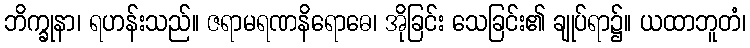
ဘိက္ခုနာ၊ ရဟန်းသည်။ ဇရာမရဏနိရောဓေ၊ အိုခြင်း သေခြင်း၏ ချုပ်ရာ၌။ ယထာဘူတံ၊